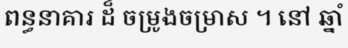
ពន្ធនាគារ ដ៏ ចម្រូងចម្រាស ។ នៅ ឆ្នាំ